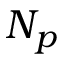
N _ { p }